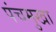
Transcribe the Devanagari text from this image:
पंचमुखा